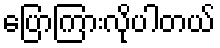
ပြောကြားလိုပါတယ်